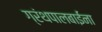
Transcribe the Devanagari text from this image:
ग्रंथपालबाईंना